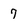
Character: 7